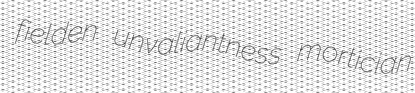
fielden unvaliantness mortician